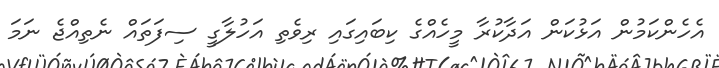
އެހެންކަމުން އަޅުކަން އަދާކުރާ މީހެއްގެ ކިބައިގައި ރިވެތި އަހުލާގީ ސިފަތައް ނެތިއްޖެ ނަމަ